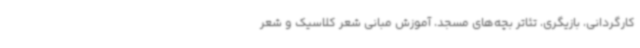
کارگردانی، بازیگری، تئاتر بچه‌های مسجد، آموزش مبانی شعر کلاسیک و شعر